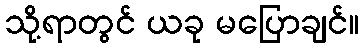
သို့ရာတွင် ယခု မပြောချင်။